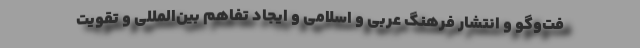
فت‌وگو و انتشار فرهنگ عربی و اسلامی و ایجاد تفاهم بین‌المللی و تقویت